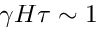
\gamma H \tau \sim 1